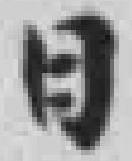
日